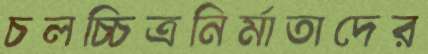
চলচ্চিত্রনির্মাতাদের